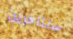
ستتأخرين